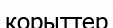
корыттер